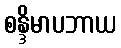
စန္ဒိမာပဘာယ